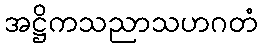
အဋ္ဌိကသညာသဟဂတံ